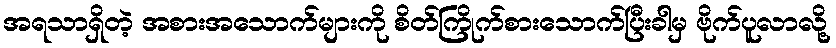
အရသာရှိတဲ့ အစားအသောက်များကို စိတ်ကြိုက်စားသောက်ပြီးခါမှ ဗိုက်ပူလာလို့